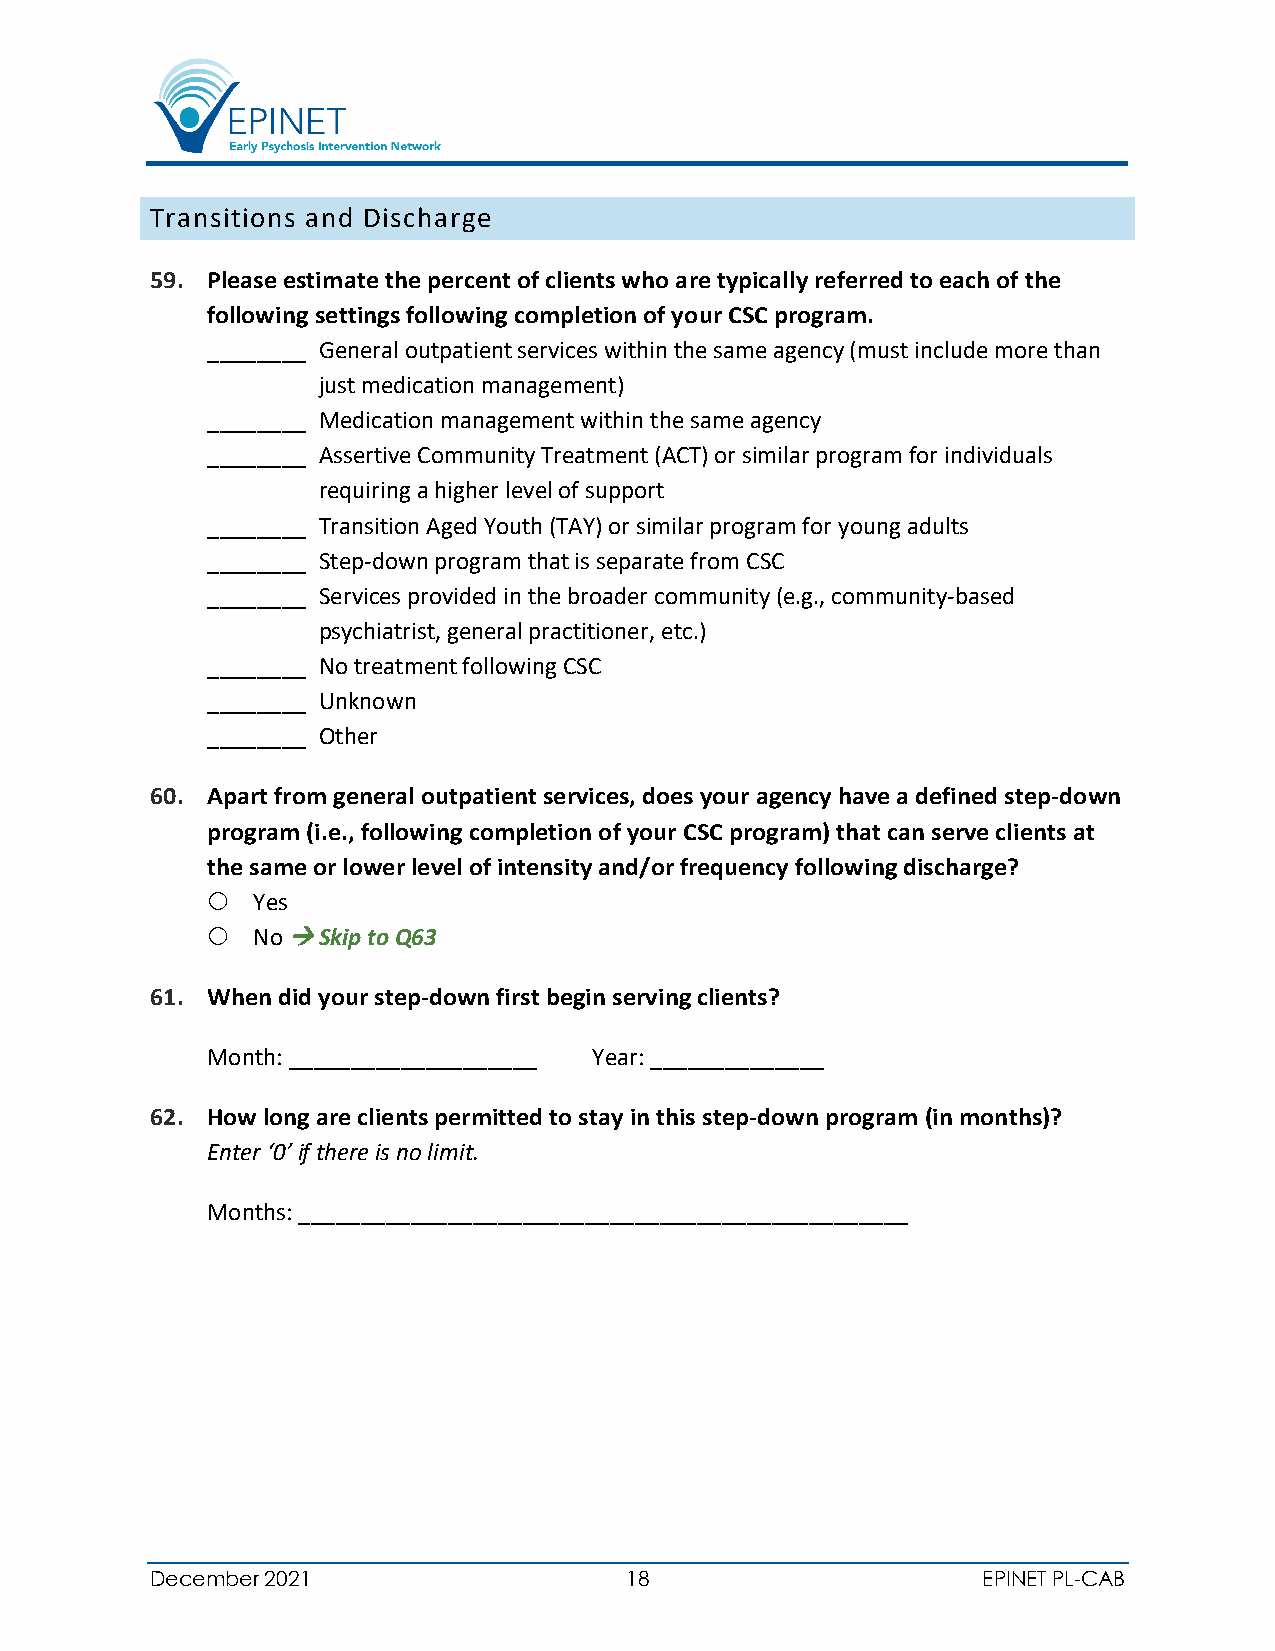
Transitions and Discharge
 59. Please estimate the percent of clients who are typically referred to each of the
 following settings following completion of your CSC program.
 ________ General outpatient services within the same agency (must include more than
 just medication management)
 ________ Medication management within the same agency
 ________ Assertive Community Treatment (ACT) or similar program for individuals
 requiring a higher level of support
 ________ Transition Aged Youth (TAY) or similar program for young adults
 ________ Step-down program that is separate from CSC
 ________ Services provided in the broader community (e.g., community-based
 psychiatrist, general practitioner, etc.)
 ________ No treatment following CSC
 ________ Unknown
 ________ Other
 60. Apart from general outpatient services, does your agency have a defined step-down
 program (i.e., following completion of your CSC program) that can serve clients at
 the same or lower level of intensity and/or frequency following discharge?
   Yes
   No  Skip to Q63
 61. When did your step-down first begin serving clients?
 Month: ____________________ Year: ______________
 62. How long are clients permitted to stay in this step-down program (in months)?
 Enter ‘0’ if there is no limit.
 Months: _________________________________________________
 December 2021                  18                      EPINET PL-CAB